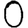
Digit: 0